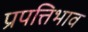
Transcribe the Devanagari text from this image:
प्रपत्तिभाव